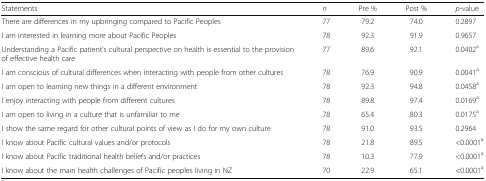
| Statements | n | Pre % | Post % | p-value |
 | --- | --- | --- | --- | --- |
 | There are differences in my upbringing compared to Pacific Peoples | 77 | 79.2 | 74.0 | 0.2897 |
 | I am interested in learning more about Pacific Peoples | 78 | 92.3 | 91.9 | 0.9657 |
 | Understanding a Pacific patient’s cultural perspective on health is essential to the provision of effective health care | 77 | 89.6 | 92.1 | 0.0402a |
 | I am conscious of cultural differences when interacting with people from other cultures | 78 | 76.9 | 90.9 | 0.0041a |
 | I am open to learning new things in a different environment | 78 | 92.3 | 94.8 | 0.0458a |
 | I enjoy interacting with people from different cultures | 78 | 89.8 | 97.4 | 0.0169a |
 | I am open to living in a culture that is unfamiliar to me | 78 | 65.4 | 80.3 | 0.0175a |
 | I show the same regard for other cultural points of view as I do for my own culture | 78 | 91.0 | 93.5 | 0.2964 |
 | I know about Pacific cultural values and/or protocols | 78 | 21.8 | 89.5 | <0.0001a |
 | I know about Pacific traditional health beliefs and/or practices | 78 | 10.3 | 77.9 | <0.0001a |
 | I know about the main health challenges of Pacific peoples living in NZ | 70 | 22.9 | 65.1 | <0.0001a |